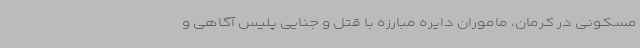
مسکونی در کرمان، ماموران دایره مبارزه با قتل و جنایی پلیس آگاهی و